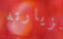
لزيارته